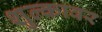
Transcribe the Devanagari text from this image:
शुल्कावर